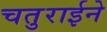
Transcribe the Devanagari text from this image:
चतुराईने